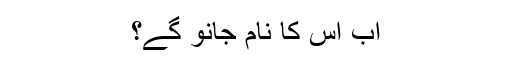
اب اس کا نام جانو گے؟